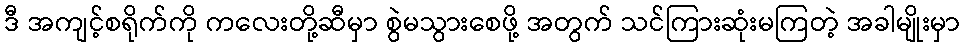
ဒီ အကျင့်စရိုက်ကို ကလေးတို့ဆီမှာ စွဲမသွားစေဖို့ အတွက် သင်ကြားဆုံးမကြတဲ့ အခါမျိုးမှာ